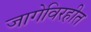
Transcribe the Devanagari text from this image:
जागेविरहीत